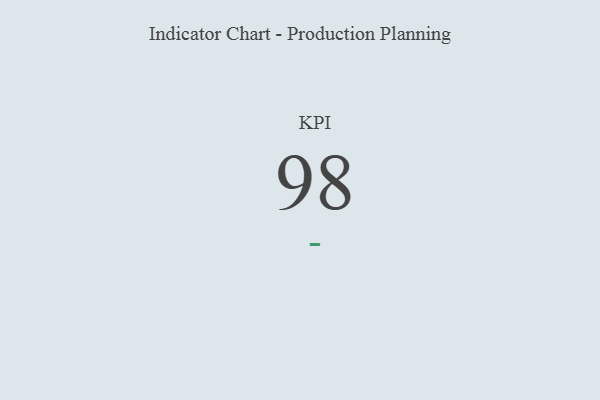
{"axis": {"x": "KPI", "y": "Value"}, "legend": [""], "data": [{"x": "KPI", "y": 98, "type": ""}]}